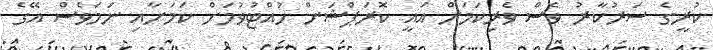
ކުރީގެ ސަރުކާރު ވެސް ވެރިކަމަށް އައީ ކޮރަޕްޝަން ހުއްޓުވުމަށް ކަމަށާއި ނަމަވެސް އޭގެ